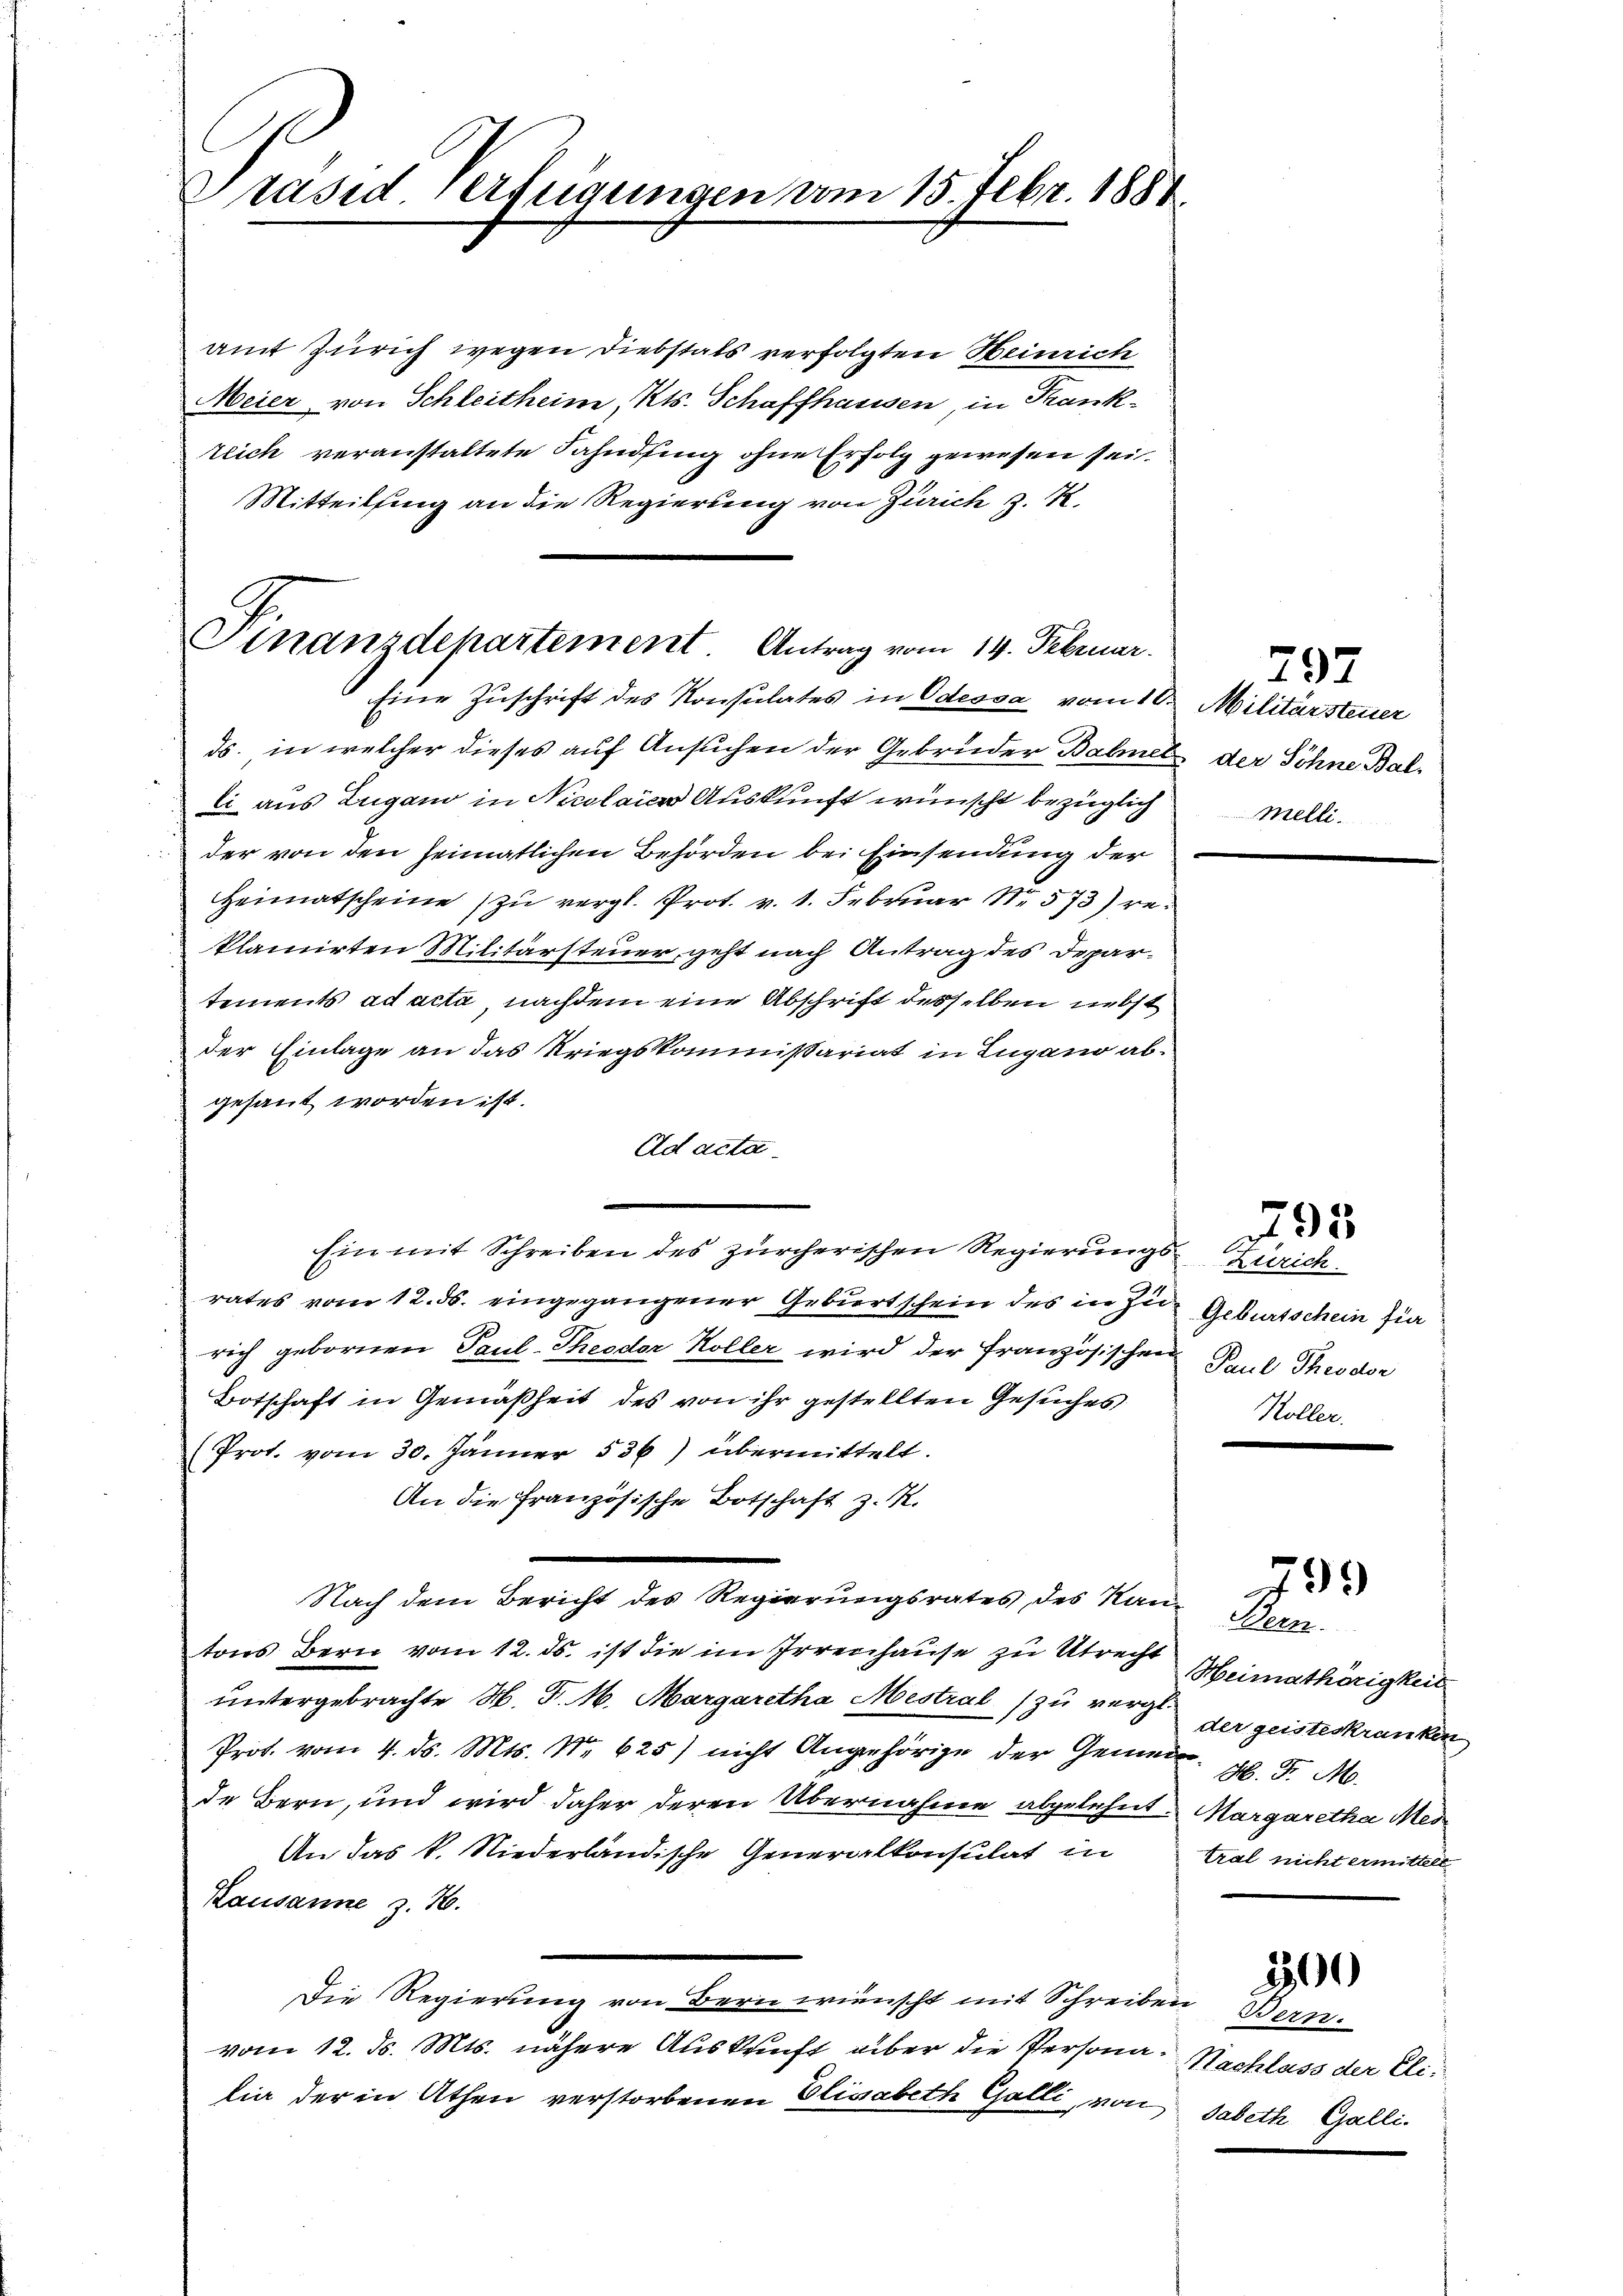
Präsid Verfügungen vom 15. Febr. 1884.

Sinanzdepartement Antrag vom 14. Februar.
Eine Zuschrift des Konsulates in Odessa vom 10.

amt Zürich wegen Diebstals verfolgten Heinrich
Meier von Schleitheim, Kts. Schaffhausen, in Trank-
tlich veranstaltete Fahndung ohne Erfolg gewesen sei.
Mitteilsing an die Regierung von Zürich z. K.

ds. in welcher dieses auf Ansuchen der Gebrüder Balmer
li aus Zugano in Nicolaica Auskunft wünscht bezüglich
der von den heimatlichen Behörden bei Einsendung der
Heimatscheine zu vergl. Prot. v. 1. Februar No. 573) reklamirten Militärsteuer, geht nach Antrag des Departements ad acta, nachdem eine Abschrift desselben nebst
Der Einlage an das Kriegskommißariat in Lugano abgesant worden ist.
Od acta.
rates vom 12. ds. eingegangener Gebiert schein des in zu Geburtschein für
rich gebornen Paul-Theodor Koller wird der Französischen Paul Theodor
Botschaft in Gemäßheit des von ihr gestellten Gesuches
(Prot. vom 30. Jänner 536) übermittelt.
An die Französische Botschaft z. R.
Nach dem Bericht des Regierungsrates, des Nan
tons Bern vom 12. ds. ist die im Irrenhause zu Utrecht
untergebrachte M. D. M. Margaretha Mestral zu vergl.
Prot. vom 4. ds. Mts. No. 625) nicht Angehörige der Gemeide Bern, und wird daher deren Übernahme abgelehnt. Margaretha Mei
An das k. Niederländische Generalkonsulat in
Kausanne z. 16.
Die Regierung von Bern wünscht mit Schreiben Bern.
vom 12. d. Mts. nähere Auskunft aber die Personalia der in Athen verstorbenen Elisabeth Galli, von

Ein mit Schreiben des zürcherischen Regierŭngs- od

797
Militärsteuer
E der Söhne Bal
Melli.

rrrich
Koller.

799

Bern.
Heimathörigkeit
der geisteskranken
 H. F. M.
tral nicht ermittelt

2500

Nachlass der Eli:
sabeth Galli.